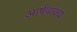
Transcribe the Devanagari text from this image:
आर्षवाक्य